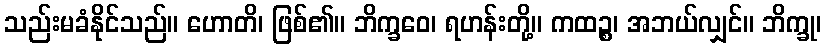
သည်းမခံနိုင်သည်။ ဟောတိ၊ ဖြစ်၏။ ဘိက္ခဝေ၊ ရဟန်းတို့။ ကထဉ္စ၊ အဘယ်လျှင်။ ဘိက္ခု၊